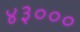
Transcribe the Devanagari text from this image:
४३०००